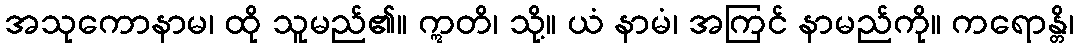
အသုကောနာမ၊ ထို သူမည်၏။ ဣတိ၊ သို့။ ယံ နာမံ၊ အကြင် နာမည်ကို။ ကရောန္တိ၊